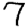
Digit: 7